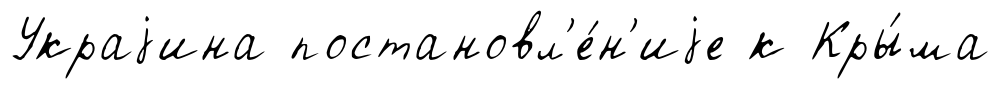
Украjина постановл'е́н'иjе к Кры́ма